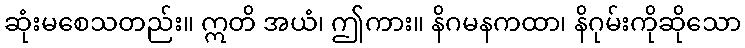
ဆုံးမစေသတည်း။ ဣတိ အယံ၊ ဤကား။ နိဂမနကထာ၊ နိဂုမ်းကိုဆိုသော